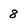
Character: 8